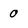
Character: 0